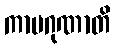
ကာမဂုဏာတိ